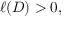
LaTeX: \ell ( D ) > 0 ,